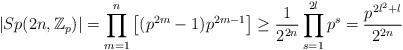
LaTeX: \begin{align*}|Sp(2n,\mathbb{Z}_p)|=\prod_{m=1}^n\big[(p^{2m}-1)p^{2m-1}\big]\geq \frac{1}{2^{2n}}\prod_{s=1}^{2l}p^{s}= \dfrac{p^{2l^2+l}}{2^{2n}}\end{align*}